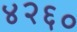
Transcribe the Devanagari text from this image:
४२६०